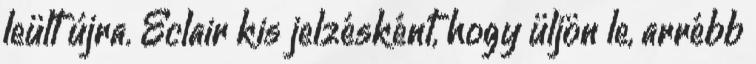
leült újra. Eclair kis jelzésként, hogy üljön le, arrébb